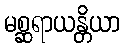
မစ္ဆရာယန္တိယာ